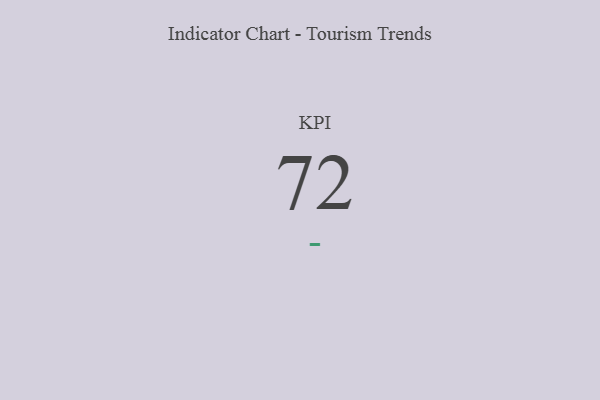
{"axis": {"x": "KPI", "y": "Value"}, "legend": [""], "data": [{"x": "KPI", "y": 72, "type": ""}]}